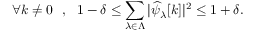
\forall k \ne 0 ~ ~ , ~ ~ 1 - \delta \leq \sum _ { \lambda \in \Lambda } | \widehat { \psi } _ { \lambda } [ k ] | ^ { 2 } \leq 1 + \delta .